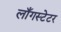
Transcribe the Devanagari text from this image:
लाँगस्टेटर